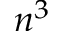
n ^ { 3 }